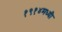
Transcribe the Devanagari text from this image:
१९१४मध्यी